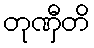
တုဏှီတိ